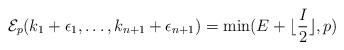
LaTeX: \begin{align*}\mathcal{E}_p(k_1+ \epsilon_1, \ldots, k_{n+1}+\epsilon_{n+1})=\mathrm{min}(E+\lfloor \frac{I}{2}\rfloor, p)\end{align*}